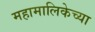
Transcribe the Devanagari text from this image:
महामालिकेच्या